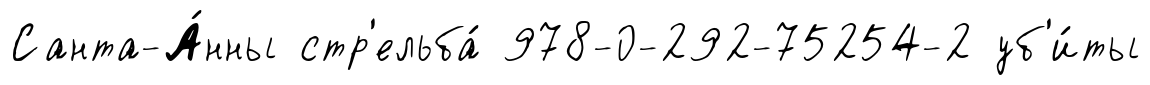
Санта-А́нны стр'ельба́ 978-0-292-75254-2 уб'и́ты